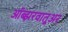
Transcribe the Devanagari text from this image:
ऑब्झरवातूअर